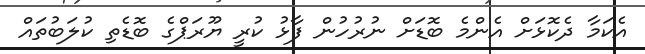
އެކަމާ ދެކޮޅަށް އެންމެ ބޮޑަށް ނުރުހުން ފާޅު ކުރީ ޔޫރަޕްގެ ބޮޑެތި ކުލަބުތައް